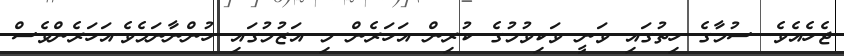
ޖެހެއެވެ. ސުމާގެ ހިތުގައި ވަނީ ވަކިވުމުގެ ކުރިން އަހަރެން މި އަޒުމުގައި ހުންނާނަމެވެ.އަހަރެންވެސް